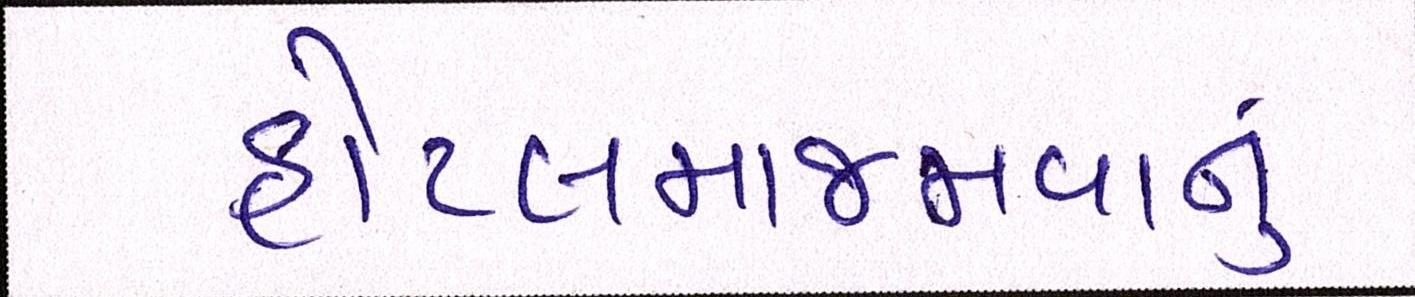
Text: હોટલમાજમવાનું